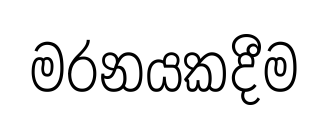
මරනයකදීම